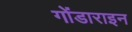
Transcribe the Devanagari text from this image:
गोंडाराइन